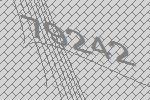
79242